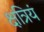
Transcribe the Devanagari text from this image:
क्षत्रियं